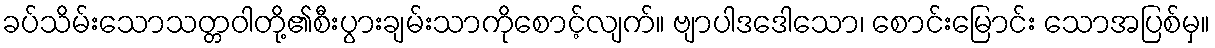
ခပ်သိမ်းသောသတ္တဝါတို့၏စီးပွားချမ်းသာကိုစောင့်လျက်။ ဗျာပါဒဒေါသော၊ စောင်းမြောင်း သောအပြစ်မှ။